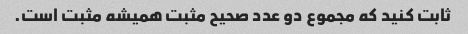
ثابت کنید که مجموع دو عدد صحیح مثبت همیشه مثبت است.